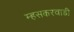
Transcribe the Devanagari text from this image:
म्हसकरवाडी